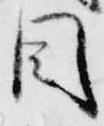
目